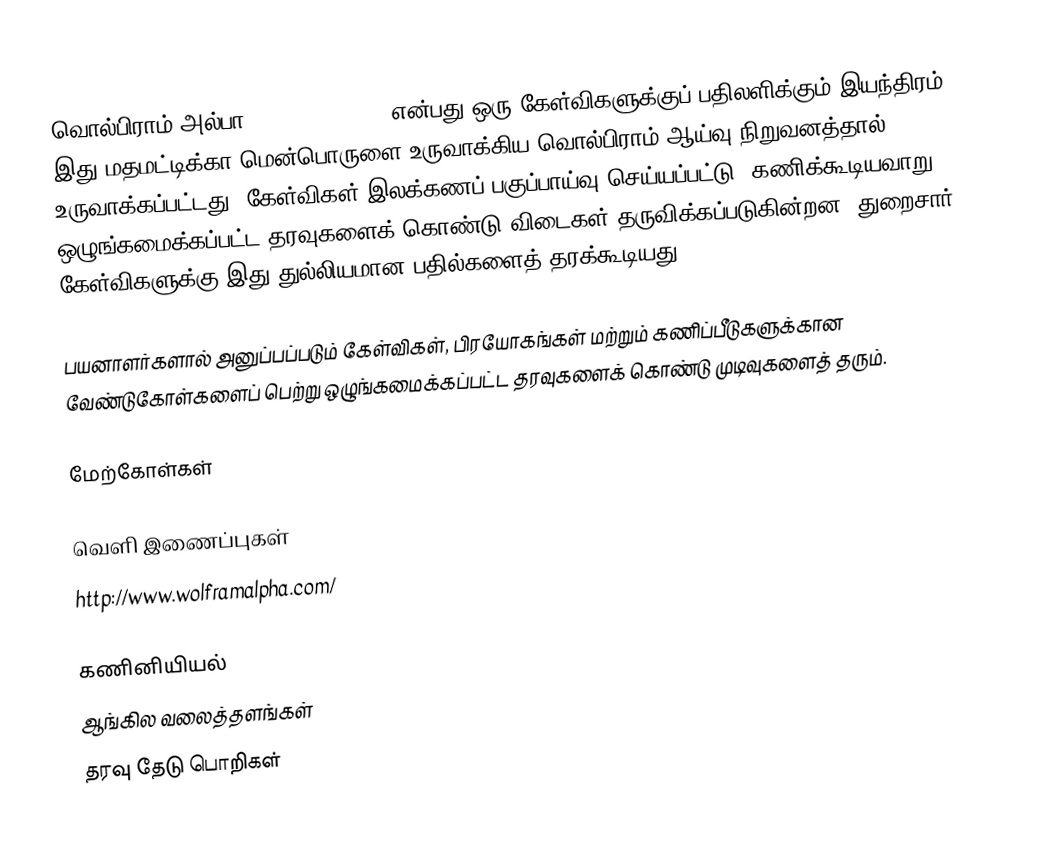
வொல்பிராம் அல்பா (Wolfram|Alpha) என்பது ஒரு கேள்விகளுக்குப் பதிலளிக்கும் இயந்திரம். இது மதமட்டிக்கா மென்பொருளை உருவாக்கிய வொல்பிராம் ஆய்வு நிறுவனத்தால் உருவாக்கப்பட்டது. கேள்விகள் இலக்கணப் பகுப்பாய்வு செய்யப்பட்டு, கணிக்கூடியவாறு ஒழுங்கமைக்கப்பட்ட தரவுகளைக் கொண்டு விடைகள் தருவிக்கப்படுகின்றன. துறைசார் கேள்விகளுக்கு இது துல்லியமான பதில்களைத் தரக்கூடியது.

பயனாளர்களால் அனுப்பப்படும் கேள்விகள், பிரயோகங்கள் மற்றும் கணிப்பீடுகளுக்கான வேண்டுகோள்களைப் பெற்று ஒழுங்கமைக்கப்பட்ட தரவுகளைக் கொண்டு முடிவுகளைத் தரும்.

மேற்கோள்கள்

வெளி இணைப்புகள்
 http://www.wolframalpha.com/

கணினியியல்
ஆங்கில வலைத்தளங்கள்
தரவு தேடு பொறிகள்